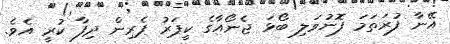
އޭނާ ފުރަތަމަ ފޮނުވަލި ބޯޅަ ޖެނޯއާގެ ކީޕަރު ޕެރިން ދިފާ ކުރީ އެވެ.